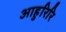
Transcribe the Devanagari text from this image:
आहुरिरि